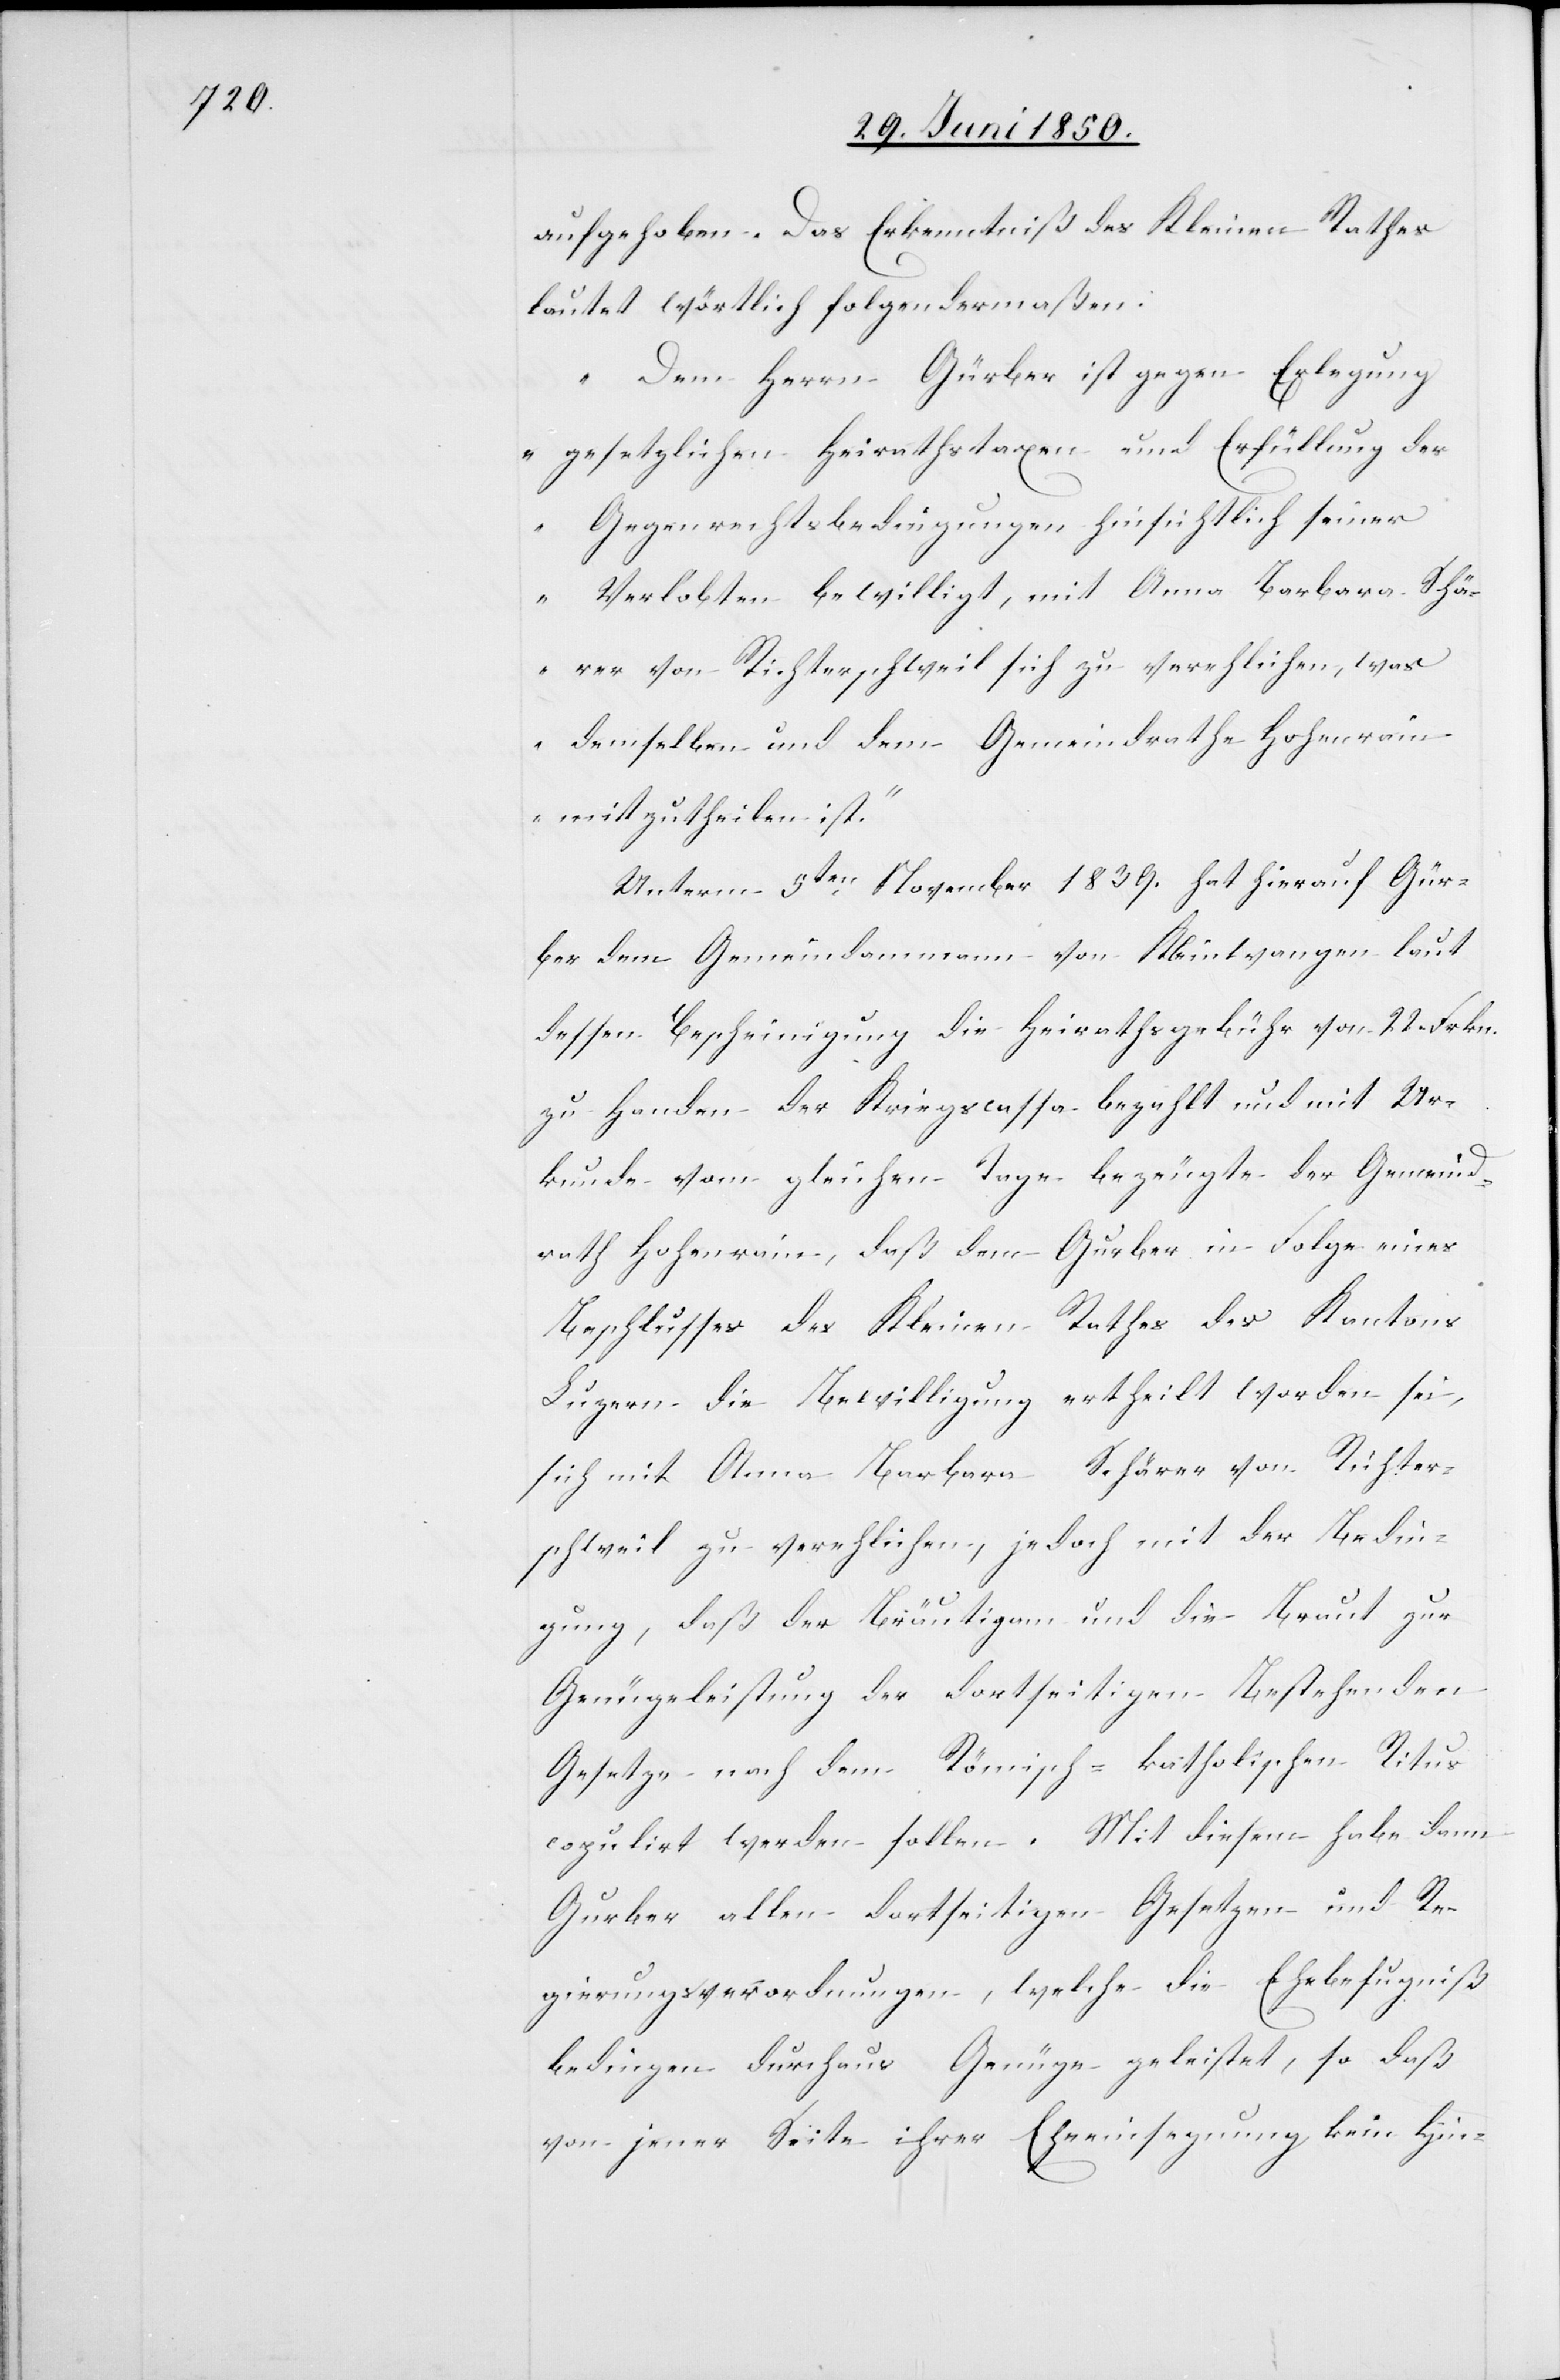
aufgehoben. Das Erkenntniß des Kleinen Rathes
lautet wörtlich folgendermaßen:
„Dem Herrn Gürber ist gegen Erlegung
gesetzlichen Heirathstaxen und Erfüllung der
Gegenrechtsbedingungen hinsichtlich seiner
Verlobten bewilligt, mit Anna Barbara Schä¬
rer von Richterschweil sich zu verehlichen, was
demselben und dem Gemeindrathe Hohenrain
mitzutheilen ist.“
Unterm 5ten November 1839. hat hierauf Gür¬
ber dem Gemeindammann von Kleinwangen laut
dessen Bescheinigung die Heirathsgebühr von 22. Frkn.
Urkunde vom gleichen Tage bezeugte der Gemeind¬
rath Hohenrain, daß dem Gurber [sic!] in Folge eines
Beschlusses des Kleinen Rathes des Kantons
Luzern die Bewilligung ertheilt worden sei,
sich mit Anna Barbara Schärer von Richter¬
schweil zu verehlichen, jedoch mit der Bedin¬
gung, daß der Bräutigam und die Braut zur
Genügeleistung der dortseitigen Bestehenden
Gesetze nach dem Römisch-katholischen Ritus
copulirt werden sollen. Mit diesem habe dann
Gurber allen dortseitigen Gesetzen und Re¬
gierungsverordnungen, welche die Ehebefugniß
bedingen durchaus Genüge geleistet, so daß
von jener Seite ihrer Eheeinsegnung kein Hin-